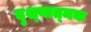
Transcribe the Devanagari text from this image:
दृश्‍यात्‍मक